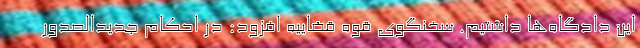
این دادگاه‌ها داشتیم. سخنگوی قوه قضاییه افزود: در احکام جدیدالصدور